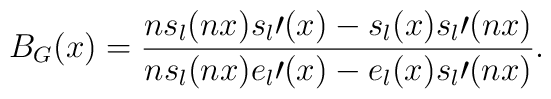
B_G(x)=\frac{ns_l(nx)s_l \prime(x)-s_l(x)s_l \prime(nx)}{ns_l(nx)e_l \prime(x)-e_l(x)s_l \prime(nx)}.